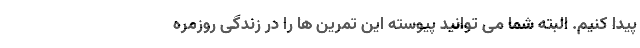
پیدا کنیم. البته شما می توانید پیوسته این تمرین ها را در زندگی روزمره